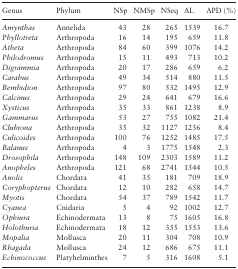
<table><thead><tr><td><b>Genus</b></td><td><b>Phylum</b></td><td><b>NSp</b></td><td><b>NMSp</b></td><td><b>NSeq</b></td><td><b>AL</b></td><td><b>APD (%)</b></td></tr></thead><tbody><tr><td><i>Amynthas</i></td><td>Annelida</td><td>43</td><td>28</td><td>265</td><td>1539</td><td>16.7</td></tr><tr><td><i>Phyllotreta</i></td><td>Arthropoda</td><td>16</td><td>14</td><td>195</td><td>659</td><td>11.8</td></tr><tr><td><i>Atheta</i></td><td>Arthropoda</td><td>84</td><td>60</td><td>399</td><td>1076</td><td>14.2</td></tr><tr><td><i>Philodromus</i></td><td>Arthropoda</td><td>15</td><td>11</td><td>493</td><td>713</td><td>10.2</td></tr><tr><td><i>Digrammia</i></td><td>Arthropoda</td><td>20</td><td>17</td><td>286</td><td>659</td><td>6.2</td></tr><tr><td><i>Carabus</i></td><td>Arthropoda</td><td>49</td><td>34</td><td>514</td><td>880</td><td>11.5</td></tr><tr><td><i>Bembidion</i></td><td>Arthropoda</td><td>97</td><td>80</td><td>532</td><td>1495</td><td>12.9</td></tr><tr><td><i>Calcinus</i></td><td>Arthropoda</td><td>29</td><td>24</td><td>641</td><td>679</td><td>16.6</td></tr><tr><td><i>Xysticus</i></td><td>Arthropoda</td><td>35</td><td>33</td><td>861</td><td>1238</td><td>8.9</td></tr><tr><td><i>Gammarus</i></td><td>Arthropoda</td><td>53</td><td>27</td><td>755</td><td>1082</td><td>21.4</td></tr><tr><td><i>Clubiona</i></td><td>Arthropoda</td><td>35</td><td>32</td><td>1127</td><td>1256</td><td>8.4</td></tr><tr><td><i>Culicoides</i></td><td>Arthropoda</td><td>100</td><td>76</td><td>1252</td><td>1485</td><td>17.5</td></tr><tr><td><i>Balanus</i></td><td>Arthropoda</td><td>4</td><td>3</td><td>1775</td><td>1548</td><td>2.3</td></tr><tr><td><i>Drosophila</i></td><td>Arthropoda</td><td>148</td><td>109</td><td>2303</td><td>1589</td><td>11.2</td></tr><tr><td><i>Anopheles</i></td><td>Arthropoda</td><td>121</td><td>68</td><td>2741</td><td>1544</td><td>10.5</td></tr><tr><td><i>Anolis</i></td><td>Chordata</td><td>41</td><td>35</td><td>181</td><td>709</td><td>18.9</td></tr><tr><td><i>Coryphopterus</i></td><td>Chordata</td><td>12</td><td>10</td><td>282</td><td>658</td><td>14.7</td></tr><tr><td><i>Myotis</i></td><td>Chordata</td><td>54</td><td>37</td><td>789</td><td>1542</td><td>11.7</td></tr><tr><td><i>Cyanea</i></td><td>Cnidaria</td><td>5</td><td>4</td><td>92</td><td>1002</td><td>12.7</td></tr><tr><td><i>Ophiura</i></td><td>Echinodermata</td><td>13</td><td>8</td><td>75</td><td>1605</td><td>16.8</td></tr><tr><td><i>Holothuria</i></td><td>Echinodermata</td><td>18</td><td>12</td><td>355</td><td>1553</td><td>13.6</td></tr><tr><td><i>Mopalia</i></td><td>Mollusca</td><td>20</td><td>11</td><td>304</td><td>708</td><td>10.9</td></tr><tr><td><i>Rhagada</i></td><td>Mollusca</td><td>24</td><td>12</td><td>686</td><td>675</td><td>11.1</td></tr><tr><td><i>Echinococcus</i></td><td>Platyhelminthes</td><td>7</td><td>5</td><td>316</td><td>1608</td><td>5.1</td></tr></tbody></table>